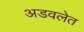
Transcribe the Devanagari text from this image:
अडवलेत